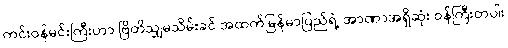
ကင်းဝန်မင်းကြီးဟာ ဗြိတိသျှမသိမ်းခင် အထက်မြန်မာပြည်ရဲ့ အာဏာအရှိဆုံး ဝန်ကြီးတပါး